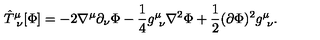
{ \hat { T } } _ { \ \nu } ^ { \mu } [ \Phi ] = - 2 \nabla ^ { \mu } \partial _ { \nu } \Phi - { \frac { 1 } { 4 } } g _ { \ \nu } ^ { \mu } \nabla ^ { 2 } \Phi + { \frac { 1 } { 2 } } ( \partial \Phi ) ^ { 2 } g _ { \ \nu } ^ { \mu } .